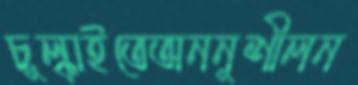
চুল্‌কাইতেঅননুশীলন